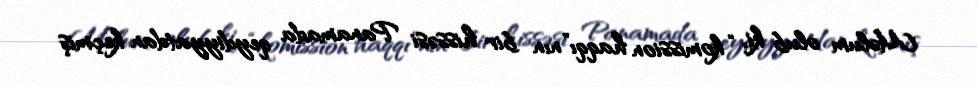
Məlum olub ki, “komission haqqı”nın bir hissəsi Panamada qeydiyyatdan keçmiş